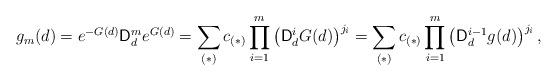
LaTeX: \begin{align*}g_{m}(d)=e^{-G(d)}\mathsf{D}_{d}^{m}e^{G(d)}=\sum_{(\ast)}c_{(\ast)}\prod_{i=1}^{m}\left( \mathsf{D}_{d}^{i}G(d)\right) ^{j_{i}}=\sum_{(\ast)}c_{(\ast)}\prod_{i=1}^{m}\left( \mathsf{D}_{d}^{i-1}g(d)\right) ^{j_{i}},\end{align*}